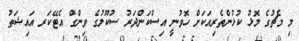
މި މެޗުގެ މޮޅު ކުޅުންތެރިއަކަށް ހޮވުނީ އިސްކަންދަރު ސުކޫލުގެ ވިންގް އެޓޭކަރ އައިޝަތު